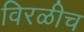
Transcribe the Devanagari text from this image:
विरळीच